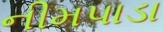
નીમપાડા